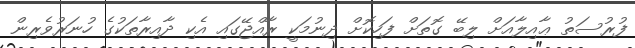
ފުރުސަތު ޢާއިލާއަށް ލިބޭ ގޮތަށް ފަހިކޮށް ދިނުމަކީ ރާއްޖޭގައި އެކި ދާއިރާތަކުގެ ހުނަރުވެރިން